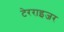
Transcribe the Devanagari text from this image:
टेरराइजर